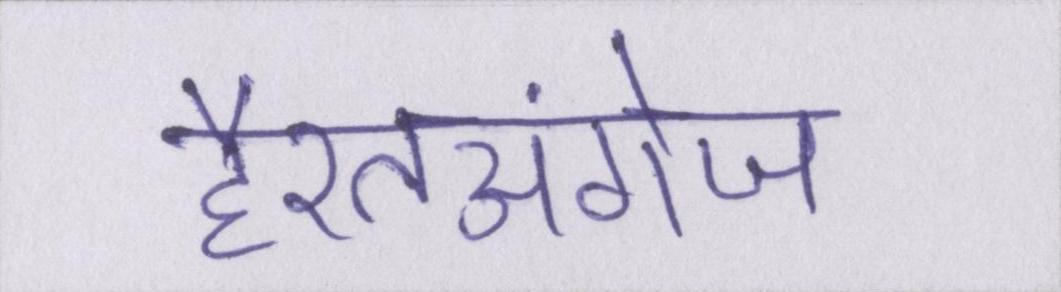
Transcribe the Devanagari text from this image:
हैरतअंगेज